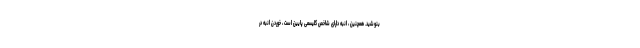
بنوشید. همچنین ، انبه دارای شاخص گلیسمی پایین است ، خوردن انبه در